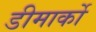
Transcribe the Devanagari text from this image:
डीमार्को